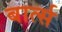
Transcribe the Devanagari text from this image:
बार्त्स